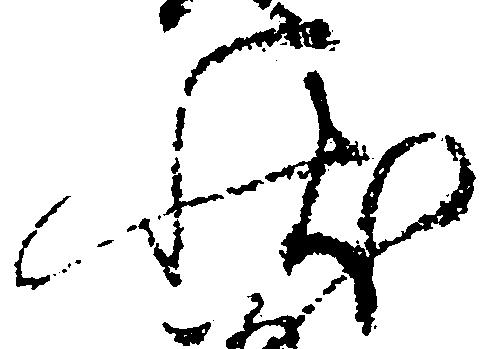
状